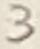
Text: 3